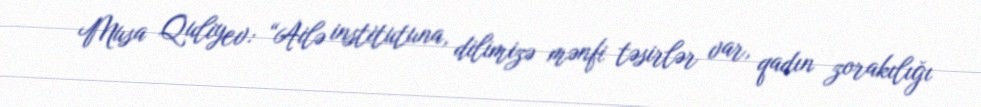
Musa Quliyev: “Ailə institutuna, dilimizə mənfi təsirlər var, qadın zorakılığı